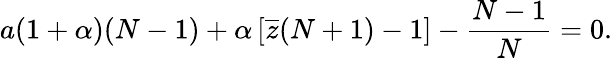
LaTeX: a(1+\alpha)(N-1)+\alpha\left[\overline{z}(N+1)-1\right]-\frac{N-1}{N}=0.